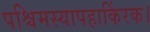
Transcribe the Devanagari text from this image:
पश्चिमस्यापहाकिंरक।